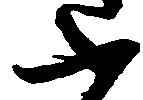
ふ